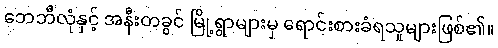
ဘေဘီလုံနှင့် အနီးတခွင် မြို့ရွာများမှ ရောင်းစားခံရသူများဖြစ်၏။